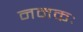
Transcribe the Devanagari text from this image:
नमकः